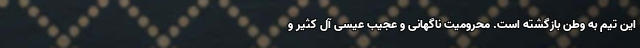
این تیم به وطن بازگشته است. محرومیت ناگهانی و عجیب عیسی آل کثیر و